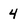
Character: 4